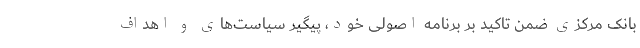
بانک مرکزی ضمن تاکید بر برنامه اصولی خود، پیگیر سیاست‌های و اهداف